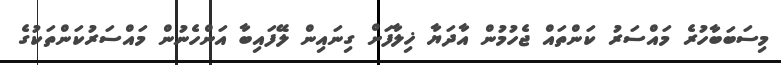
މިސަބަބާހުރެ މައްސަރު ކަންތައް ޖެހުމުން އާދަޔާ ޚިލާފަށް ގިނައިން ލޭފައިބާ އަންހެނުން މައްސަރުކަންތަކުގެ